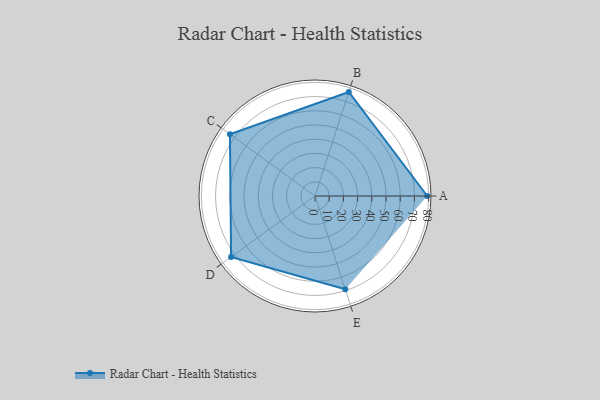
{"axis": {"x": "Skill", "y": "Score"}, "legend": ["Profile"], "data": [{"x": "A", "y": 79.0, "type": "Profile"}, {"x": "B", "y": 77.0, "type": "Profile"}, {"x": "C", "y": 74.0, "type": "Profile"}, {"x": "D", "y": 73.0, "type": "Profile"}, {"x": "E", "y": 69.0, "type": "Profile"}]}